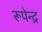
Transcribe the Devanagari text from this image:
रूपेन्द्र